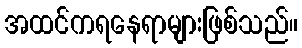
အထင်ကရနေရာများဖြစ်သည်။